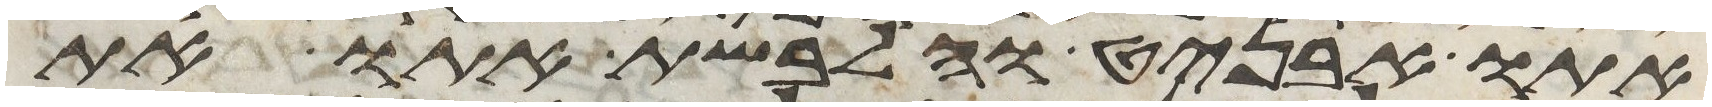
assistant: אתו אבניט והלבשת אתו את